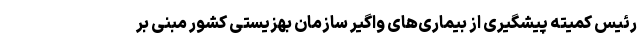
رئیس کمیته پیشگیری از بیماری‌های واگیر سازمان بهزیستی کشور مبنی بر